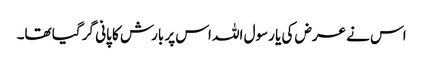
اس نے عرض کی یا رسول اللہ اس پر بارش کا پانی گر گیا تھا۔